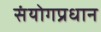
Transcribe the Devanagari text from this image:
संयोगप्रधान